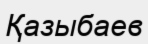
Қазыбаев